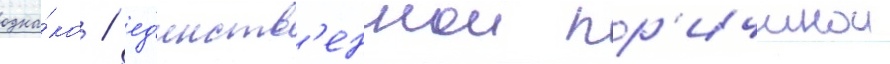
одна́ко / ед'инств'еннои пр'ичинои